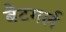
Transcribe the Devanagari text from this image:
बैटगर्ल